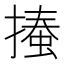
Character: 𢳨